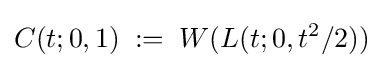
C(t;0,1)\;:=\;W(L(t;0,t^{2}/2))